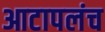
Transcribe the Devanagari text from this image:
आटापलंच